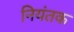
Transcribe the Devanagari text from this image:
नियंतक